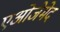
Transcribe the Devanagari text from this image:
एओजेमेद